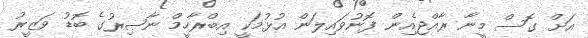
އަށް ގޮސް މީނާ ރާއްޖެއިން ފޮނުވައިލަން އުޅުމަކީ އިބްރާހީމް ނާޞިރުގެ ބޮޑު ވަޒީރު